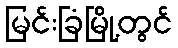
မြင်းခြံမြို့တွင်